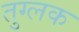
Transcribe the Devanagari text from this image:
तुग्लक